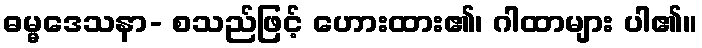
ဓမ္မဒေသနာ- စသည်ဖြင့် ဟေားထား၏၊ ဂါထာများ ပါ၏။